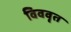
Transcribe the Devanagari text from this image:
विववृत